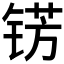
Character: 𮸐